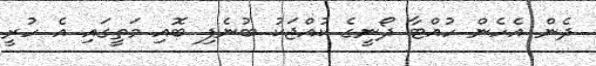
ދެން އެހެން ހުއްޓާ ދޯނީގެ ކުއްޖަކު ބުނެފި ބޮއި މަތީގައި އެ ހުރީ